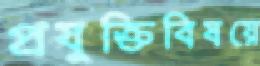
প্রযুক্তিবিষয়ে